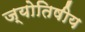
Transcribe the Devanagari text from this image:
ज्‍योतिषीय